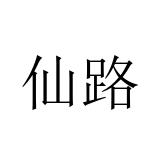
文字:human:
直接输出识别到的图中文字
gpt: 仙路